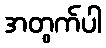
အတွက်ပါ